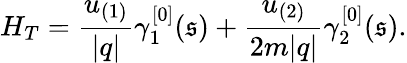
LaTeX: H_{T}=\frac{u_{(1)}}{\vert q\vert}\gamma_{1}^{[0]}(\mathfrak{s})+\frac{u_{(2)}}{2m\vert q\vert}\gamma_{2}^{[0]}(\mathfrak{s}).